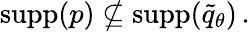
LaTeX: \begin{array}{r}{\textrm{supp}(p)\nsubseteq{\textrm{supp}}(\widetilde{q}_{\theta})\, .}\end{array}